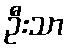
ဦးသာ